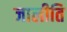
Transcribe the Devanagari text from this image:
जालीति